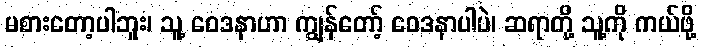
မစားတော့ပါဘူး၊ သူ့ ဝေဒနာဟာ ကျွန်တော့် ဝေဒနာပါပဲ၊ ဆရာတို့ သူ့ကို ကယ်ဖို့